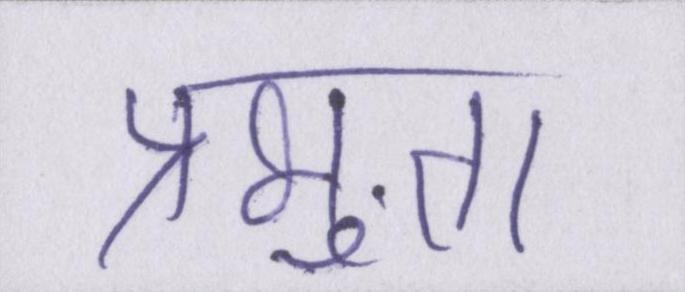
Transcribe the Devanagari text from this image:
प्रभुता